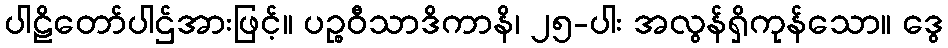
ပါဠိတော်ပါဌ်အားဖြင့်။ ပဉ္စဝီသာဒိကာနိ၊ ၂၅-ပါး အလွန်ရှိကုန်သော။ ဒွေ